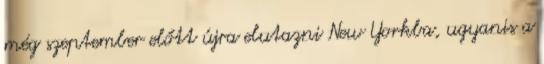
még szeptember előtt újra elutazni New Yorkba, ugyanis a